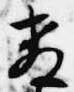
教